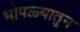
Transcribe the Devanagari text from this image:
भोपळ्यातुन